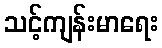
သင့်ကျန်းမာရေး